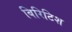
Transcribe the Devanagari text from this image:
बिरिटिश